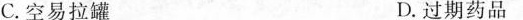
C.空易拉罐 D.过期药品